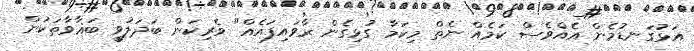
އަޅުގަނޑުމެން އެއްވެސް ކަމެއް ނެތް މިކަމާ ގުޅިގެން ރާވައިފައެއް" ވެރިކަން ބަދަލުވީ ބަޣާވާތަކުން